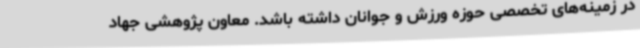
در زمینه‌های تخصصی حوزه ورزش و جوانان داشته باشد. معاون پژوهشی جهاد